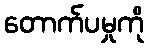
တောက်ပမှုကို